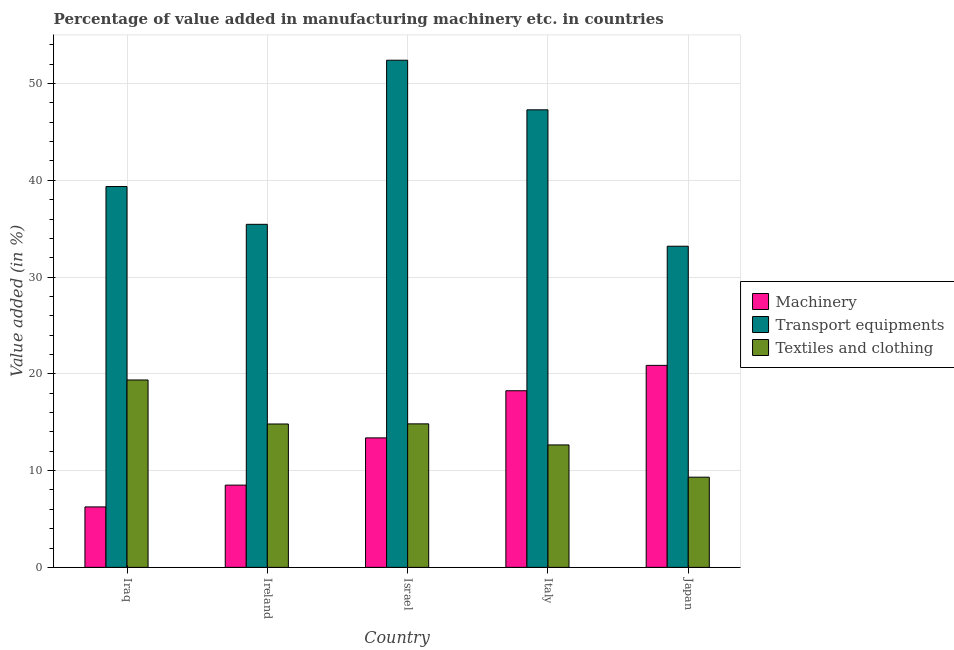
| Country | Machinery | Transport equipments | Textiles and clothing |
 | --- | --- | --- | --- |
 | Iraq | 6.25 | 39.4 | 19.4 |
 | Ireland | 8.5 | 35.5 | 14.8 |
 | Israel | 13.4 | 52.4 | 14.8 |
 | Italy | 18.3 | 47.3 | 12.7 |
 | Japan | 20.9 | 33.2 | 9.32 |